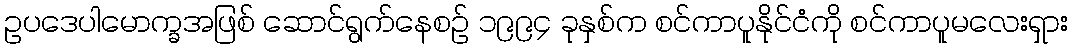
ဥပဒေပါမောက္ခအဖြစ် ဆောင်ရွက်နေစဉ် ၁၉၉၄ ခုနှစ်က စင်ကာပူနိုင်ငံကို စင်ကာပူမလေးရှား